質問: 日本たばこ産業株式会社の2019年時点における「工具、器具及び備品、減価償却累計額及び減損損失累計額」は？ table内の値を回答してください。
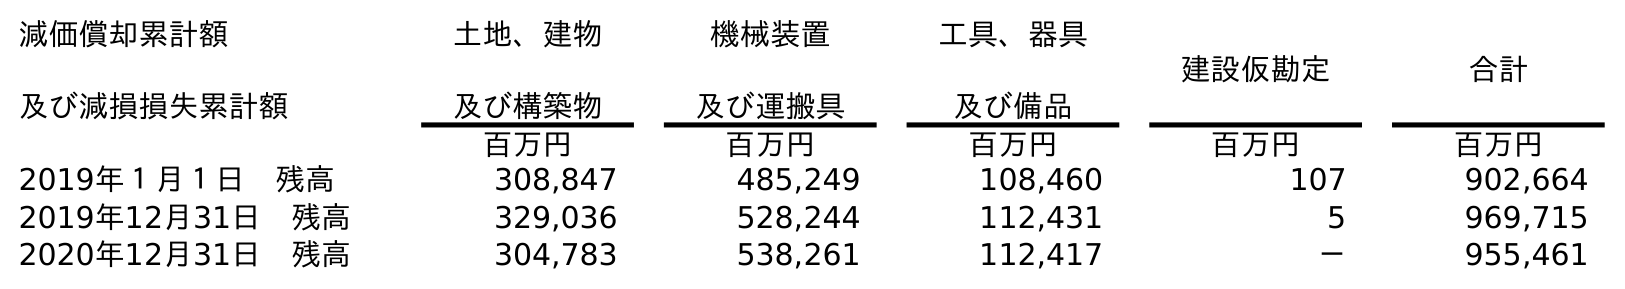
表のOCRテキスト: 減価償却累計額 及び減損損失累計額 土地、建物 及び構築物 機械装置 及び運搬具 工具、器具 及び備品 建設仮勘定 合計 百万円 百万円 百万円 百万円 百万円 2019年１月１日 残高 308,847 485,249 108,460 107 902,664 2019年12月31日 残高 329,036 528,244 112,431 5 969,715 2020年12月31日 残高 304,783 538,261 112,417 － 955,461
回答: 112,431